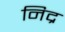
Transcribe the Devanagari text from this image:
निद्र